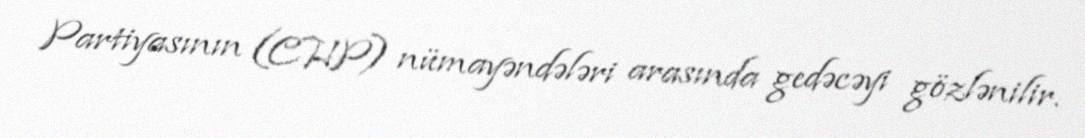
Partiyasının (CHP) nümayəndələri arasında gedəcəyi gözlənilir.